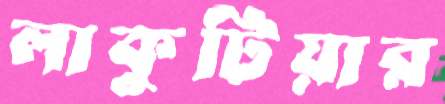
লাকুটিয়ার